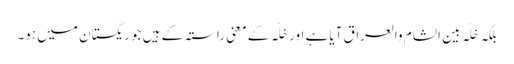
بلکہ خَلّہ بین الشام والعراق آیا ہے اور خَلّہ کے معنی راستہ کے ہیں جو ریگستان میں ہو۔